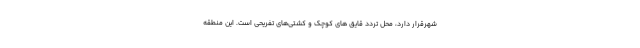
شهرقرار دارد، محل تردد قایق های کوچک و کشتی‌های تفریحی است. این منطقه